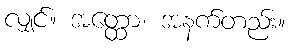
လျှင်။ အတ္ထော၊ အနက်တည်း။